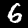
Digit: 6